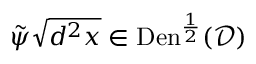
\tilde { \psi } \sqrt { d ^ { 2 } x } \in \mathrm { D e n } ^ { \frac { 1 } { 2 } } ( \mathcal { D } )